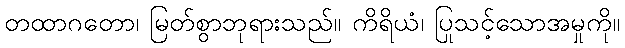
တထာဂတော၊ မြတ်စွာဘုရားသည်။ ကိရိယံ၊ ပြုသင့်သောအမှုကို။